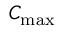
C _ { \mathrm { m a x } }